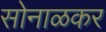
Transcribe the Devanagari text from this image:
सोनाळकर